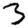
Digit: 3